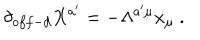
LaTeX: \delta _ { o f f - d } X ^ { a ^ { \prime } } = - \Lambda ^ { a ^ { \prime } \mu } x _ { \mu } \ .